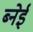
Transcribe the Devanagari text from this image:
ब्नेई